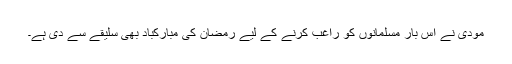
مودی نے اس بار مسلمانوں کو راغب کرنے کے لیے رمضان کی مبارکباد بھی سلیقے سے دی ہے۔